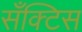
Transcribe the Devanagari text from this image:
सँक्टिस